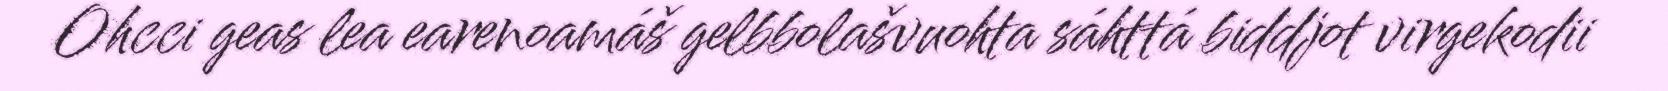
Ohcci geas lea earenoamáš gelbbolašvuohta sáhttá biddjot virgekodii